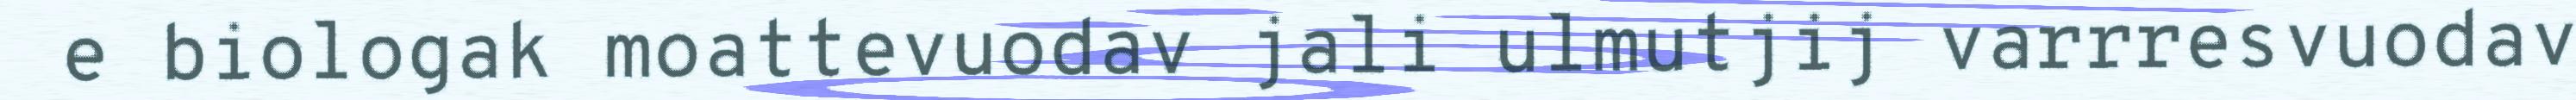
e biologak moattevuodav jali ulmutjij varrresvuodav